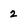
Character: 2